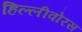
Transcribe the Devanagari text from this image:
हिल्लीवोरस